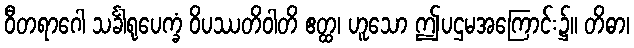
ဝီတရာဂေါ သင်္ခါရုပေက္ခံ ဝိပဿတိဝါတိ ဧတ္ထ၊ ဟူသော ဤပဌမအကြောင်း၌။ တိဓာ၊